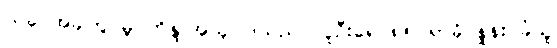
ယခု အခါတွင်မူ ဟိန္ဒူအယူဝါဒသည် လူဦးရေ ၈၅ ရာခိုင်နှုန်း ခံယူ